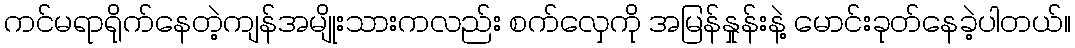
ကင်မရာရိုက်နေတဲ့ကျန်အမျိုးသားကလည်း စက်လှေကို အမြန်နှုန်းနဲ့ မောင်းခုတ်နေခဲ့ပါတယ်။